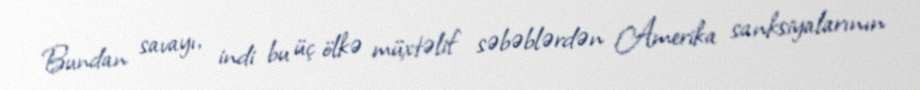
Bundan savayı, indi bu üç ölkə müxtəlif səbəblərdən Amerika sanksiyalarının